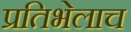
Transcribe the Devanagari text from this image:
प्रतिभेलाच